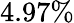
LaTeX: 4.97\%